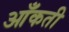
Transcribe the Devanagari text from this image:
आँकती